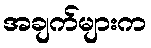
အချက်များက